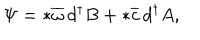
\Psi = * \overline { { { \omega } } } \, d ^ { \dagger } B + * \overline { { { c } } } \, d ^ { \dagger } A ,